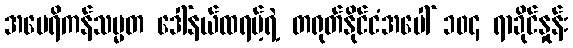
အမေရိကန်သမ္မတ ဒေါ်နယ်ထရမ့်ရဲ့ တရုတ်နိုင်ငံအပေါ် ၁၀၄ ရာခိုင်နှုန်း